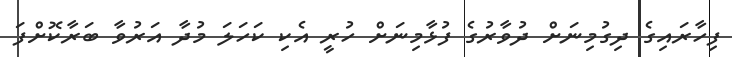
ފިހާރައިގެ ދިގުމިނަށް ދުވާރުގެ ފުޅާމިނަށް ހުރީ އެކި ކަހަލަ މުދާ އަރުވާ ބަރާކޮށްފަ